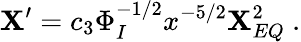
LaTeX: \mathbf{X}^{\prime}=c_{3}\Phi_{I}^{-1/2}x^{-5/2}\mathbf{X}_{EQ}^{2}\ .